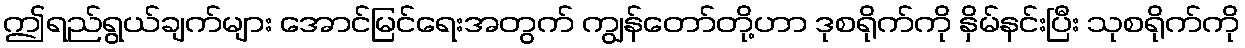
ဤရည်ရွယ်ချက်များ အောင်မြင်ရေးအတွက် ကျွန်တော်တို့ဟာ ဒုစရိုက်ကို နှိမ်နင်းပြီး သုစရိုက်ကို